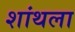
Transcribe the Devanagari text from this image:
शांथला